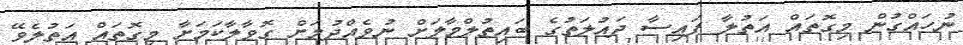
ނުހައްގުން މިގޮތައް އަތުލާ ފައިސާ ދައުލަތުގެ ބައިތުލްމާލަށް ނުވެއްދުމަށް ގޮވާލާކަމަށާ މިގޮތައް އަތުލެވޭ